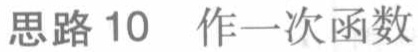
思路 10  作一次函数